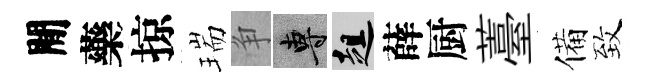
閒藥掠瑞争專趄薛厨薹備致